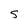
Character: S